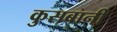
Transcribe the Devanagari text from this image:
कुसबानी